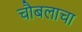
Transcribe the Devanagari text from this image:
चौबलाचा